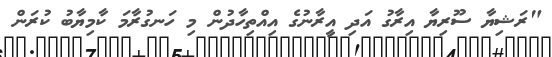
"ރަޝިޔާ ސޫރިޔާ އިރާގު އަދި އީރާނުގެ އިއްތިހާދުން މި ހަނގުރާމަ ކާމިޔާބު ކުރަން